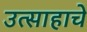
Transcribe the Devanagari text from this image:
उत्‍साहाचे